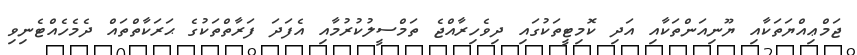
ޖަމްޢިއްޔަތަކާއި ޔޫނިއަންތަކާއި އަދި ކޮމިޓީތަކުގައި ދިވެހިރާއްޖެ ތަމްސީލުކުރުމާއި އެފަދަ ފަރާތްތަކުގެ ޙަރަކާތްތައް ދެމެހެއްޓެނިވި